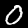
Digit: 0